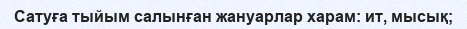
Сатуға тыйым салынған жануарлар харам: ит, мысық;